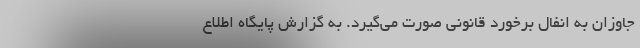
جاوزان به انفال برخورد قانونی صورت می‌گیرد. به گزارش پایگاه اطلاع